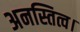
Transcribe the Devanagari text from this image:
अनस्तित्व।